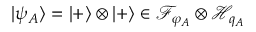
| \psi _ { A } \rangle = | + \rangle \otimes | + \rangle \in \mathcal { F } _ { \varphi _ { A } } \otimes \mathcal { H } _ { q _ { A } }